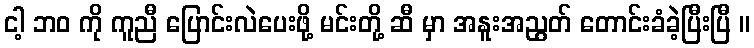
ငါ့ ဘဝ ကို ကူညီ ပြောင်းလဲပေးဖို့ မင်းတို့ ဆီ မှာ အနူးအညွတ် တောင်းခံခဲ့ပြီးပြီ ။